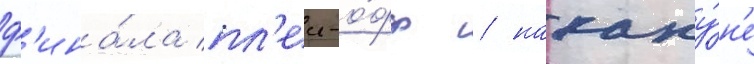
ф'ина́ла пл'еи-о́фф / накану́н'е